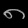
Digit: ၈